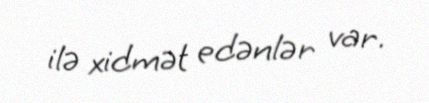
ilə xidmət edənlər var.